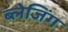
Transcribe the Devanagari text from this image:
ब्लेजिंग